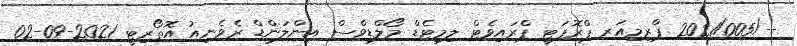
--/2021/005 ޕްރިމިއަރ ޕްރޮޕަޓީ ޕްރައިވެޓް ލިމިޓެޑް މޯލްޑިވްސް އިންލަންޑް ރެވެނިއު އޮތޯރިޓީ 2021-09-02